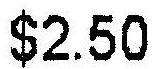
$2.50